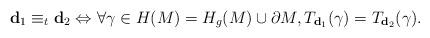
LaTeX: \begin{align*}\mathbf{d}_1 \equiv_t \mathbf{d}_2 \Leftrightarrow \forall \gamma \in H(M)=H_{g} (M) \cup \partial M, T_{\mathbf{d}_1} (\gamma )=T_{\mathbf{d}_2} (\gamma ) .\end{align*}